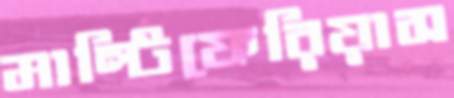
মাল্টিফেরিয়াস